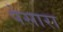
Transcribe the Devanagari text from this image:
पेसारा